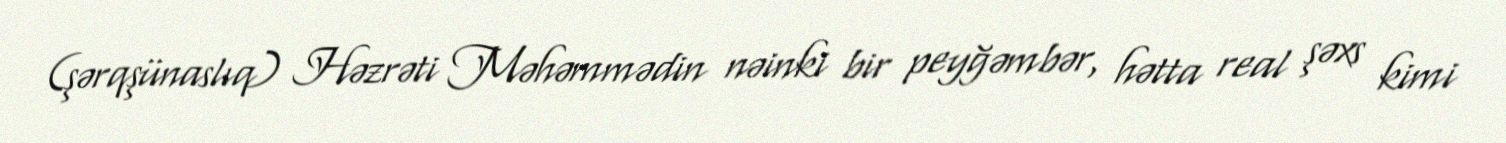
(şərqşünaslıq) Həzrəti Məhəmmədin nəinki bir peyğəmbər, hətta real şəxs kimi